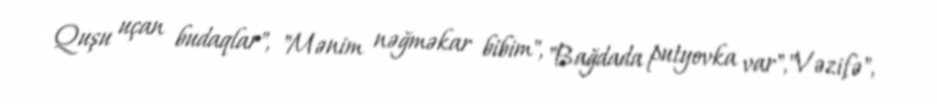
Quşu uçan budaqlar", "Mənim nəğməkar bibim", "Bağdada putyovka var","Vəzifə",